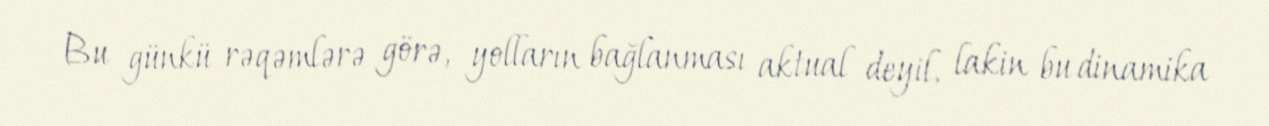
Bu günkü rəqəmlərə görə, yolların bağlanması aktual deyil, lakin bu dinamika